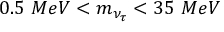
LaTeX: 0 . 5 \ M e V < m _ { \nu _ { \tau } } < 3 5 \ M e V